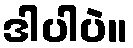
ဒါပါပဲ။